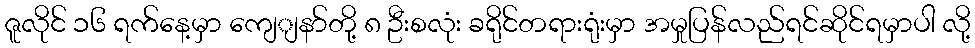
ဇူလိုင် ၁၆ ရက်နေ့မှာ ကျေျနာ်တို့ ၈ ဦးစလုံး ခရိုင်တရားရုံးမှာ အမှုပြန်လည်ရင်ဆိုင်ရမှာပါ လို့